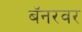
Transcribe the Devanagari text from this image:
बॅनरवर